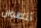
أنطوان